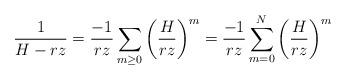
LaTeX: \begin{align*} \frac{1}{H-rz} = \frac{-1}{rz} \sum_{m \geq 0} \left( \frac{H}{rz} \right)^m = \frac{-1}{rz} \sum_{m = 0}^N \left( \frac{H}{rz} \right)^m \end{align*}